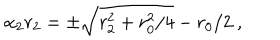
LaTeX: \alpha _ { 2 } r _ { 2 } = \pm \sqrt { r _ { 2 } ^ { 2 } + { r _ { 0 } ^ { 2 } / 4 } } - r _ { 0 } / 2 \ ,